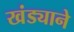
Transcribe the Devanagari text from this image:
खंड्याने